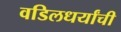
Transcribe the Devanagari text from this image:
वडिलधर्यांची